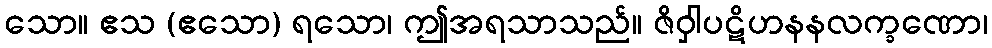
သော။ ဧသ (ဧသော) ရသော၊ ဤအရသာသည်။ ဇိဝှါပဋိဟနနလက္ခဏော၊